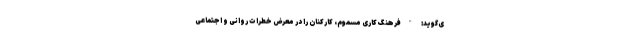
ی‌گوید: "فرهنگ کاری مسموم، کارکنان را در معرض خطرات روانی و اجتماعی